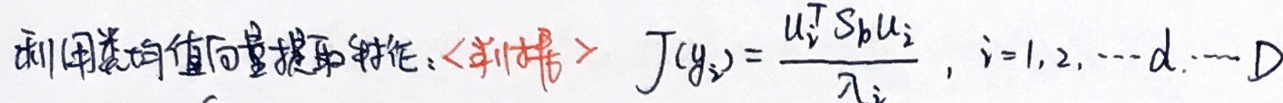
利用梯度值向量提取特征：\langle判据\rangle \(J(y_i)=\frac{u_i^T S_b u_i}{\lambda_i}, \quad i = 1,2,\cdots,d,\cdots D\)